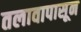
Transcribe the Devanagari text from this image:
तलावापासून